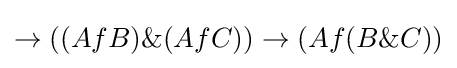
\rightarrow ((AfB)\&(AfC))\rightarrow (Af(B\&C))